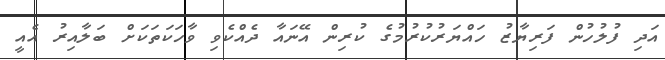
އަދި ފުލުހުން ފަރިޔާޒު ހައްޔަރުކުރުމުގެ ކުރިން އޭނައާ ދެއްކެވި ވާހަކަތަކަށް ބަލާއިރު އެއީ